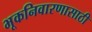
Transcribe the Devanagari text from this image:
भूकनिवारणासाठी